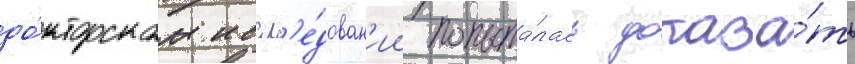
до́кторском иссл'е́дован'ии попыта́лась доказа́ть